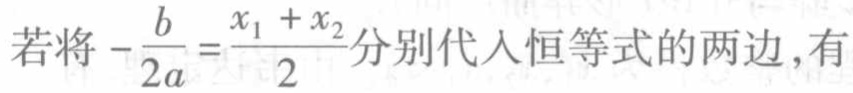
若将\(-\frac{b}{2a}=\frac{x_{1} + x_{2}}{2}\)分别代入恒等式的两边,有